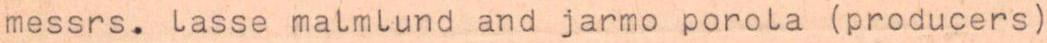
messrs. lasse malmlund and jarmo porola (producers)